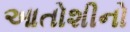
આતોશીનો